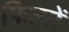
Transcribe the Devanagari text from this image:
फित्मों